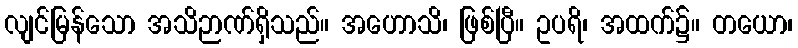
လျင်မြန်သော အသိဉာဏ်ရှိသည်။ အဟောသိ၊ ဖြစ်ပြီ။ ဥပရိ၊ အထက်၌။ တယော၊